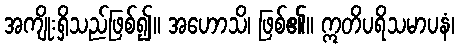
အကျိုးရှိသည်ဖြစ်၍။ အဟောသိ၊ ဖြစ်၏။ ဣတိပရိသမာပနံ၊